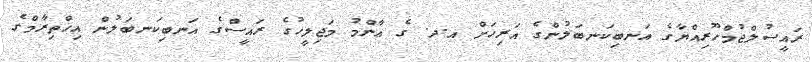
ރައީސުލްޖުމްހޫރިއްޔާގެ އަނބިކަނބަލުންގެ އަރިހަށް އ.ދ. ގެ ޢާންމު މަޖިލީހުގެ ރައީސްގެ އަނބިކަނބަލުން އިޚްތިރާމްގެ